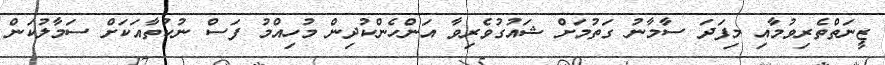
ޒީނަތްތެރިވުމާއި މިފަދަ ސާމާނު ގަތުމަށް ޝައުގުވެރިވާ އަންހެންކުދިން މުހިއްމު ފަސް ނުކުތާއަކަށް ސަމާލުކަން